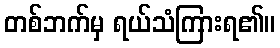
တစ်ဘက်မှ ရယ်သံကြားရ၏။